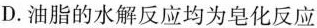
D.油脂的水解反应均为皂化反应